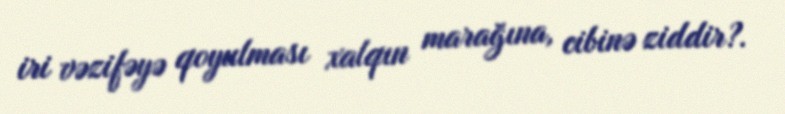
iri vəzifəyə qoyulması xalqın marağına, cibinə ziddir?.